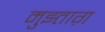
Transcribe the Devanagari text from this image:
मुझ्ताग़